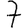
Digit: 7